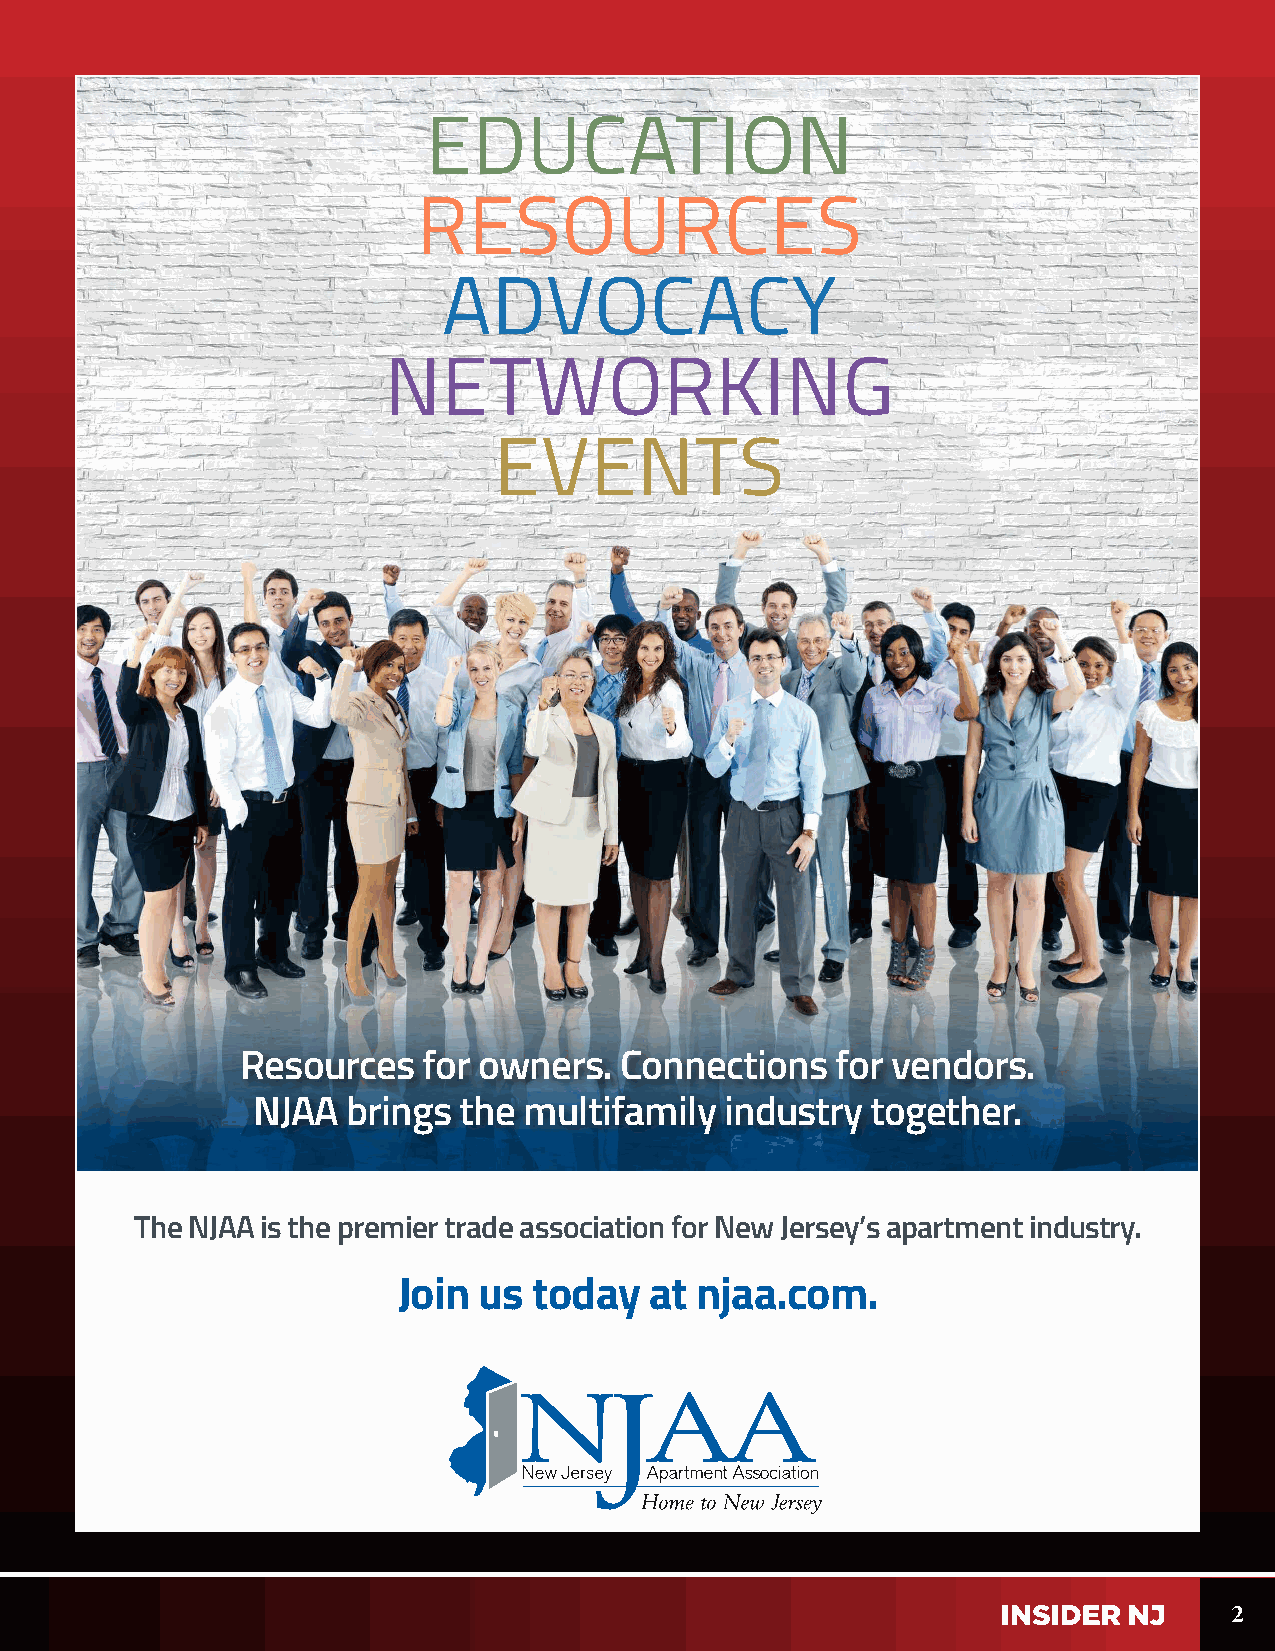
EDUCATION
 RESOURCES
 ADVOCACY
 NETWORKING
 EVENTS
 Resources   for owners.  Connections   for vendors.
 NJAA  brings the  multifamily  industry  together.
 The NJAA is the premier trade association for New Jersey’s apartment industry.
 Join  us today   at njaa.com.
 2